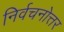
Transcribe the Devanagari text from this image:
निर्वचनोत्तर